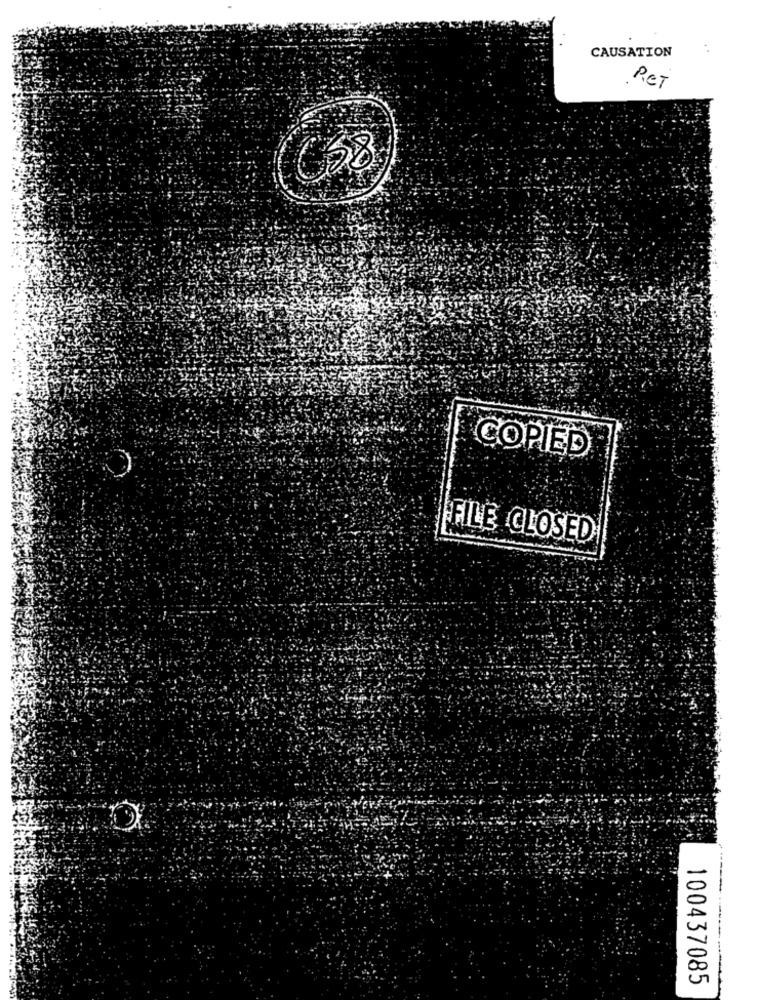
CAUSATION
PET
COPIED
FILE CLOSED
100437085